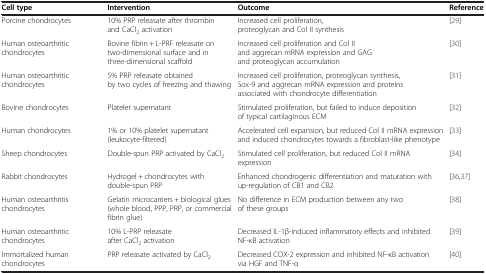
<table><thead><tr><td><b>Cell type</b></td><td><b>Intervention</b></td><td><b>Outcome</b></td><td><b>Reference</b></td></tr></thead><tbody><tr><td>Porcine chondrocytes</td><td>10% PRP releasate after thrombin and CaCl<sub>2</sub> activation</td><td>Increased cell proliferation, proteoglycan and Col II synthesis</td><td>[29]</td></tr><tr><td>Human osteoarthritic chondrocytes</td><td>Bovine fibrin + L-PRF releasate on two-dimensional surface and in three-dimensional scaffold</td><td>Increased cell proliferation and Col II and aggrecan mRNA expression and GAG and proteoglycan accumulation</td><td>[30]</td></tr><tr><td>Human osteoarthritic chondrocytes</td><td>5% PRP releasate obtained by two cycles of freezing and thawing</td><td>Increased cell proliferation, proteoglycan synthesis, Sox-9 and aggrecan mRNA expression and proteins associated with chondrocyte differentiation</td><td>[31]</td></tr><tr><td>Bovine chondrocytes</td><td>Platelet supernatant</td><td>Stimulated proliferation, but failed to induce deposition of typical cartilaginous ECM</td><td>[32]</td></tr><tr><td>Human chondrocytes</td><td>1% or 10% platelet supernatant (leukocyte-filtered)</td><td>Accelerated cell expansion, but reduced Col II mRNA expression and induced chondrocytes towards a fibroblast-like phenotype</td><td>[33]</td></tr><tr><td>Sheep chondrocytes</td><td>Double-spun PRP activated by CaCl<sub>2</sub></td><td>Stimulated cell proliferation, but reduced Col II mRNA expression</td><td>[34]</td></tr><tr><td>Rabbit chondrocytes</td><td>Hydrogel + chondrocytes with double-spun PRP</td><td>Enhanced chondrogenic differentiation and maturation with up-regulation of CB1 and CB2</td><td>[36,37]</td></tr><tr><td>Human osteoarthritis chondrocytes</td><td>Gelatin microcarriers + biological glues (whole blood, PPP, PRP, or commercial fibrin glue)</td><td>No difference in ECM production between any two of these groups</td><td>[38]</td></tr><tr><td>Human osteoarthritic chondrocytes</td><td>10% L-PRP releasate after CaCl<sub>2</sub> activation</td><td>Decreased IL-1β-induced inflammatory effects and inhibited NF-κB activation</td><td>[39]</td></tr><tr><td>Immortalized human chondrocytes</td><td>PRP releasate activated by CaCl<sub>2</sub></td><td>Decreased COX-2 expression and inhibited NF-κB activation via HGF and TNF-α</td><td>[40]</td></tr></tbody></table>